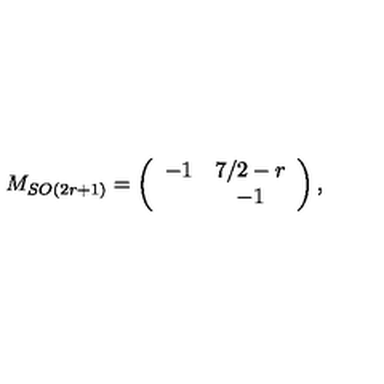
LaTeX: M _ { S O ( 2 r + 1 ) } = \left( \begin{array} { c c } { - 1 } & { 7 / 2 - r } \\ { } & { - 1 } \\ \end{array} \right) ,